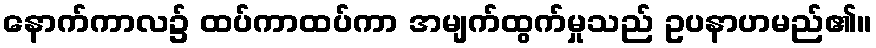
နောက်ကာလ၌ ထပ်ကာထပ်ကာ အမျက်ထွက်မှုသည် ဥပနာဟမည်၏။